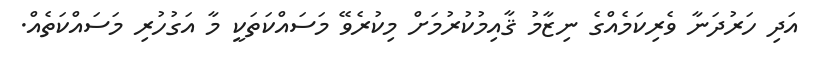
އަދި ހަރުދަނާ ވެރިކަމެއްގެ ނިޒާމު ޤާއިމުކުރުމަށް މިކުރެވޭ މަސައްކަތަކީ މާ އަގުހުރި މަސައްކަތެއް.